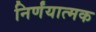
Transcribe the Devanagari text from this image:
निर्णंयात्मक